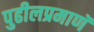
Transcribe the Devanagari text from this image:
पुढीलप्रमाणॅ